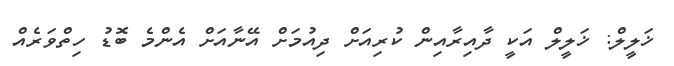
ޚަލީލް: ޚަލީލް އަކީ ދާއިރާއިން ކުރިއަށް ދިއުމަށް އޭނާއަށް އެންމެ ބޮޑު ހިތްވަރެއް